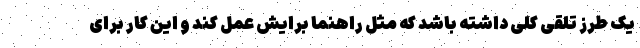
یک طرز تلقی کلی داشته باشد که مثل راهنما برایش عمل کند و این کار برای